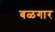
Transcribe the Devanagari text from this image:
बळगार